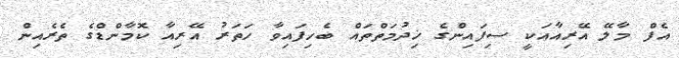
އެފް މާލޭ އޭރިއާއަކީ ސިފައިންގެ ޚިދުމަތްތައް ބެހިފައިވާ ހަތަރު އޭރިއާ ކޮމާންޑްގެ ތެރެއިން